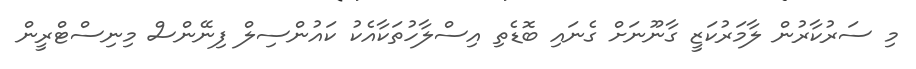
މި ސަރުކާރުން ލާމަރުކަޒީ ގާނޫނަށް ގެނައި ބޮޑެތި އިސްލާހުތަކާއެކު ކައުންސިލް ފިނޭންސް މިނިސްޓްރީން